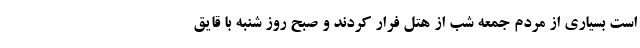
است بسیاری از مردم جمعه شب از هتل فرار کردند و صبح روز شنبه با قایق